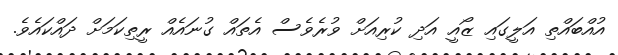
އުއްބައްތި އަލީގައި ޒޯއީ އަދި ކުރިއަށް ވުރެވެސް އެތައް ގުނައެއް ރީތިކަމަށް ދައްކައެވެ.